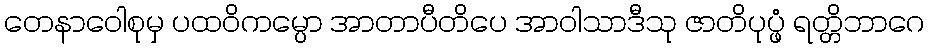
တေနာဝေါစုမှ ပထဝိကမ္ပော အာတာပီတိပေ အာဝါသာဒီသု ဇာတိပုပ္ဖံ ရတ္တိဘာဂေ